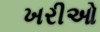
ખરીઓ